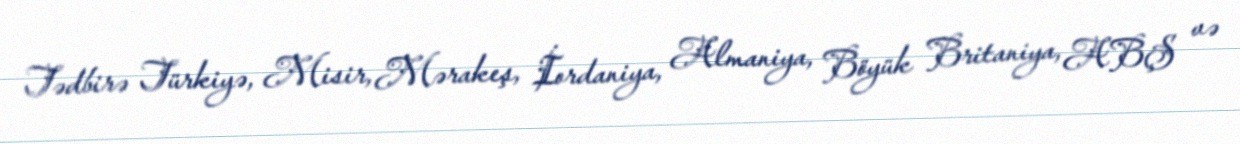
Tədbirə Türkiyə, Misir, Mərakeş, İordaniya, Almaniya, Böyük Britaniya, ABŞ və